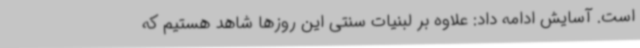
است. آسایش ادامه داد: علاوه بر لبنیات سنتی این روزها شاهد هستیم که